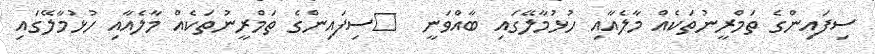
ސިފައިންގެ ތަމްރީނުތަކެއް މާލެއާއި ހުޅުމާލޭގައި ބާއްވަނީ  	ސިފައިންގެ ތަމްރީނުތަކެއް މާލެއާއި ހުޅުމާލޭގައި